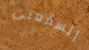
أتسمعنى